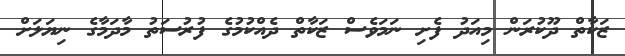
ޒަކާތް ދޫކުރަން މިއަދު ފެށި ނަމަވެސް ޒަކާތް ދެއްކުމުގެ ފުރުސަތު މާދަމާގެ ނިޔަލަށް